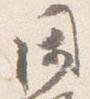
閑